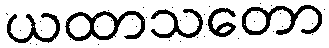
ယထာသတော